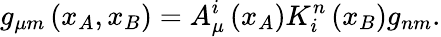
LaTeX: g_{\mu m}\left(x_{A},x_{B}\right)=A_{\mu}^{i}\left(x_{A}\right)K_{i}^{n}\left(x_{B}\right)g_{nm}.